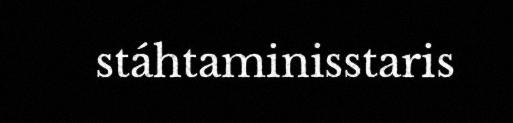
stáhtaminisstaris